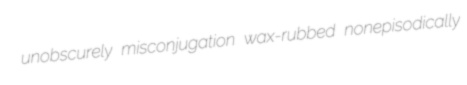
unobscurely misconjugation wax-rubbed nonepisodically